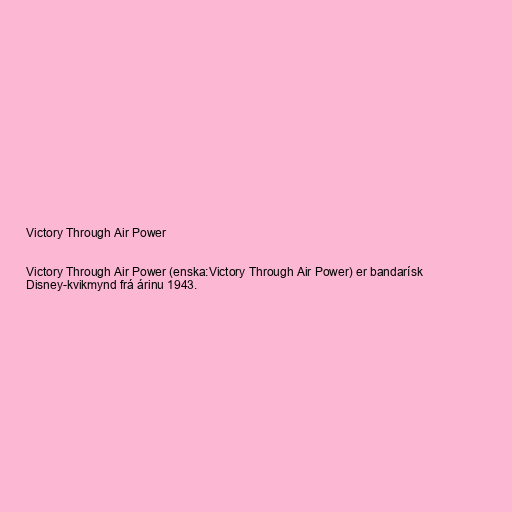
Victory Through Air Power

Victory Through Air Power (enska:Victory Through Air Power) er bandarísk
Disney-kvikmynd frá árinu 1943.